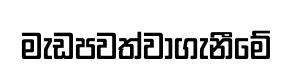
මැඩපවත්වාගැනීමේ